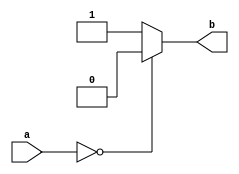
module back(a,b);

input [1:0] a;
output b;
reg b;

always@(a)
begin
if(a==2'b00)
b=0;
else
b=1;

end
endmodule